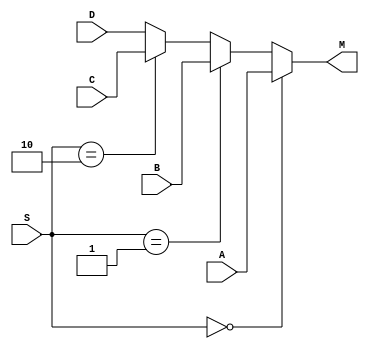
// An n-bit 4-1to-1 multiplexer
module nbit_4to1_mux (A, B, C, D, S, M);
	parameter n = 16;
	input [n-1:0] A, B, C, D;
	input [1:0] S;
	output reg [n-1:0] M;

	always @ (*)
	begin
		if (S == 0) M = A;
		else if (S == 1) M = B;
		else if (S == 2) M = C;
		else M = D;
	end
endmodule